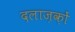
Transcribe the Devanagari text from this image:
दलाज़क़ों